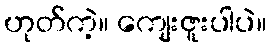
ဟုတ်ကဲ့။ ကျေးဇူးပါပဲ။